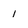
Character: 1